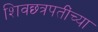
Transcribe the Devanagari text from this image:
शिवछ्त्रपतींच्या